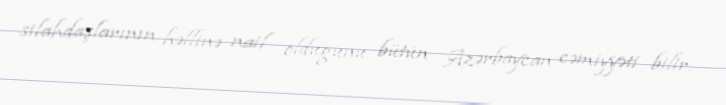
silahdaşlarının həllinə nail olduğunu bütün Azərbaycan cəmiyyəti bilir.